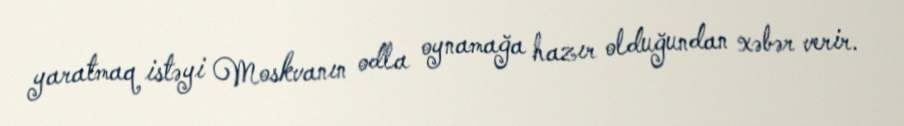
yaratmaq istəyi Moskvanın odla oynamağa hazır olduğundan xəbər verir.